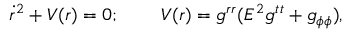
\dot { r } ^ { 2 } + V ( r ) = 0 ; \; \; \; \; \; \; \; \; V ( r ) = g ^ { r r } ( E ^ { 2 } g ^ { t t } + g _ { \phi \phi } ) ,